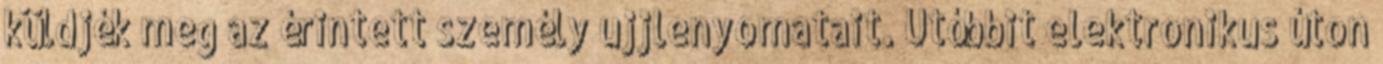
küldjék meg az érintett személy ujjlenyomatait. Utóbbit elekt­ronikus úton